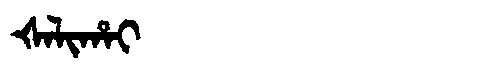
Manchu: ᡧᠠᠯᡳᡥᠠᡳ
Romanization: ŠALIHAI